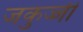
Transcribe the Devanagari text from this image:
जकुज्जी